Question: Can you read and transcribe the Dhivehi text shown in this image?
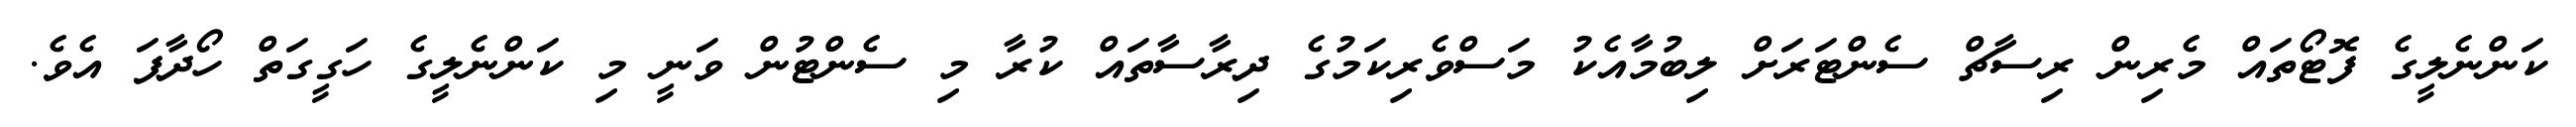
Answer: ކަންނެލީގެ ފޮޓޯތައް މެރިން ރިސާޗް ސެންޓަރަށް ލިބުމާއެކު މަސްވެރިކަމުގެ ދިރާސާތައް ކުރާ މި ސެންޓުން ވަނީ މި ކަންނެލީގެ ހަގީގަތް ހޯދާފަ އެވެ.